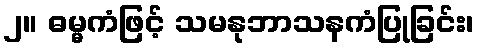
၂။ ဓမ္မကံဖြင့် သမနုဘာသနကံပြုခြင်း၊